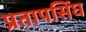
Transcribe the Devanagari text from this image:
प्रतापसिंघ